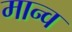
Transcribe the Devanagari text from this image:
मान्व